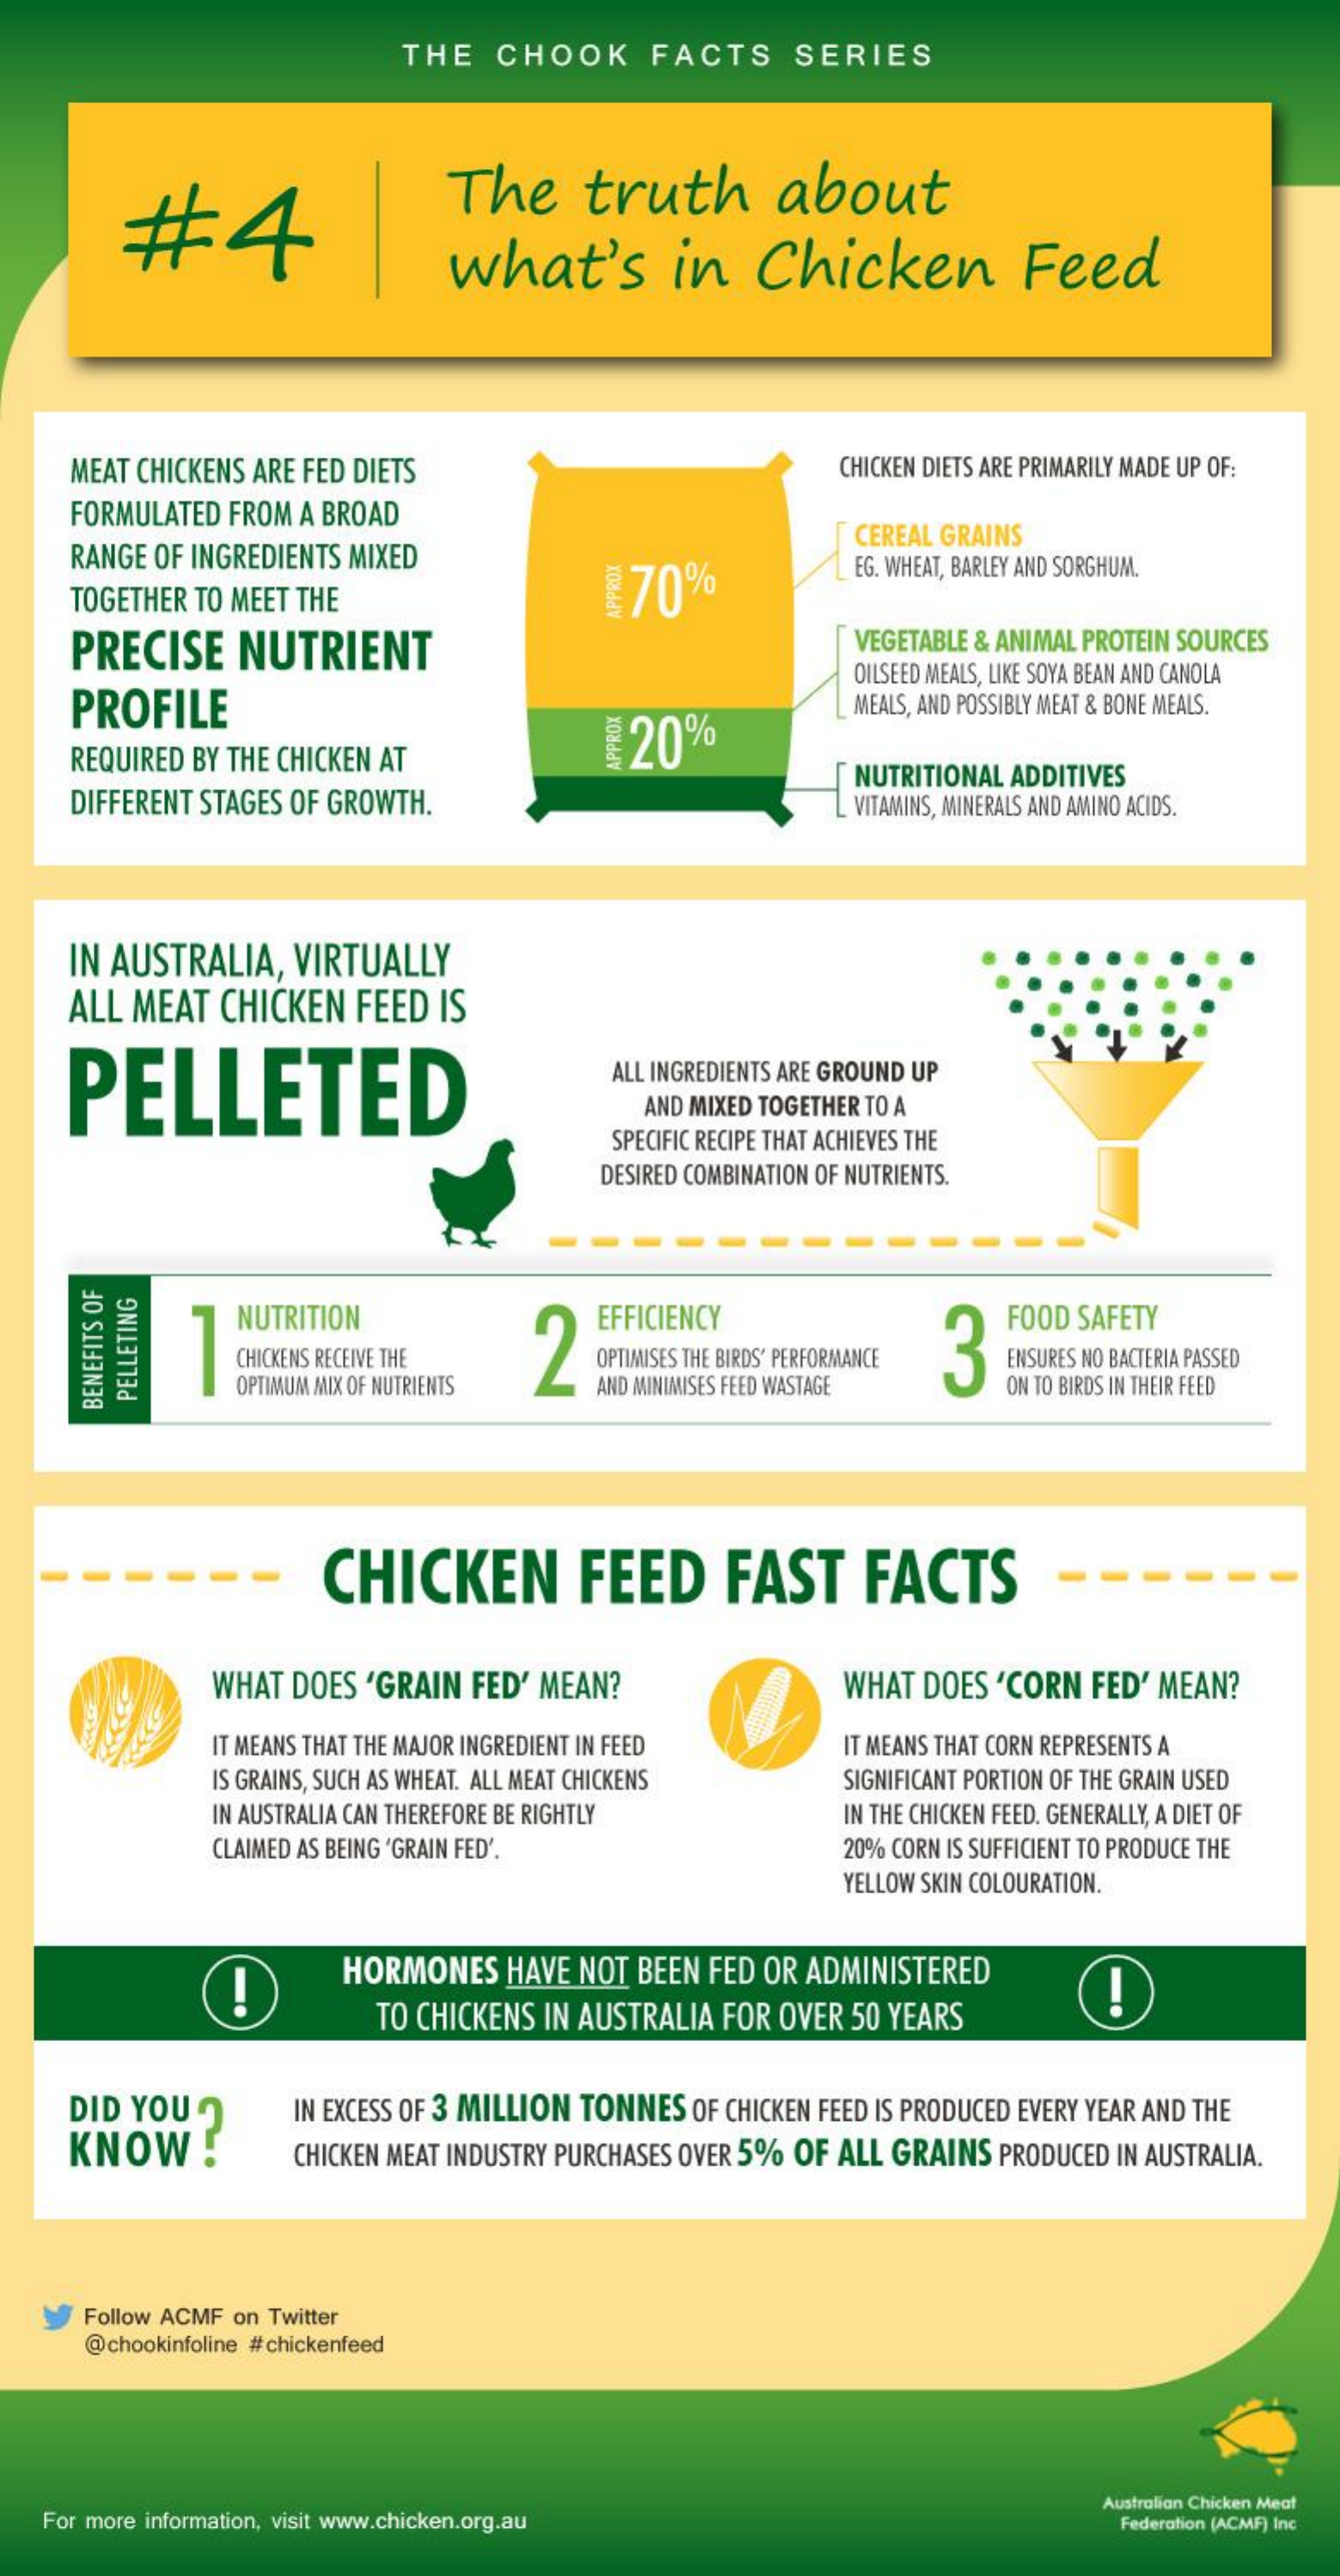
THE  CHOOK    FACTS    SERIES
     #4
     The    truth    about
     what's    in   Chicken    Feed
    MEAT CHICKENS ARE FED DIETS    CHICKEN DIETS ARE PRIMARILY MADE UP OF:
    FORMULATED FROM A BROAD
     RANGE OF INGREDIENTS MIXED
     CEREAL GRAINS
     TOGETHER TO MEET THE    70%
     EG. WHEAT, BARLEY AND SORGHUM.
     PRECISE  NUTRIENT    VEGETABLE & ANIMAL PROTEIN SOURCES
     PROFILE
     OILSEED MEALS, LIKE SOYA BEAN AND CANOLA
     20%
     MEALS, AND POSSIBLY MEAT & BONE MEALS.
     REQUIRED BY THE CHICKEN AT
    DIFFERENT STAGES OF GROWTH.
     NUTRITIONAL ADDITIVES
     VITAMINS, MINERALS AND AMINO ACIDS.
    IN AUSTRALIA, VIRTUALLY
    ALL MEAT CHICKEN FEED IS
    PELLETED
     ALL INGREDIENTS ARE GROUND UP
     AND MIXED TOGETHER TO A
     SPECIFIC RECIPE THAT ACHIEVES THE
     DESIRED COMBINATION OF NUTRIENTS.
     NUTRITION    EFFICIENCY
     CHICKENS RECEIVE THE OPTIMISES THE BIRDS PERFORMANCE 3
     FOOD SAFETY
     ENSURES NO BACTERIA PASSED
     OPTIMUM MIX OF NUTRIENTS AND MINIMISES FEED WASTAGE ON TO BIRDS IN THEIR FEED
     PELLETING BENEFITS
     OF
     CHICKEN    FEED    FAST    FACTS
     WHAT DOES 'GRAIN FED' MEAN?    WHAT DOES 'CORN FED' MEAN?
     IT MEANS THAT THE MAJOR INGREDIENT IN FEED IT MEANS THAT CORN REPRESENTS A
     IS GRAINS, SUCH AS WHEAT. ALL MEAT CHICKENS SIGNIFICANT PORTION OF THE GRAIN USED
     IN AUSTRALIA CAN THEREFORE BE RIGHTLY IN THE CHICKEN FEED. GENERALLY, A DIET OF
     CLAIMED AS BEING 'GRAIN FED'.    20% CORN IS SUFFICIENT TO PRODUCE THE
     YELLOW SKIN COLOURATION.
     HORMONES  HAVE NOT BEEN FED OR ADMINISTERED
     -·
     TO CHICKENS IN AUSTRALIA FOR OVER 50 YEARS
    DID YOU    IN EXCESS OF 3 MILLION TONNES OF CHICKEN FEED IS PRODUCED EVERY YEAR AND THE
    KNOW!    CHICKEN MEAT INDUSTRY PURCHASES OVER 5% OF ALL GRAINS PRODUCED IN AUSTRALIA.
     Follow ACMF on Twitter
     @ chookinfoline #chickenfeed
   For more information, visit www.chicken.org.au
     Australian Chicken Meat
     Federation (ACMF) Inc